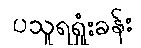
ပသူရရှုံးခန်း